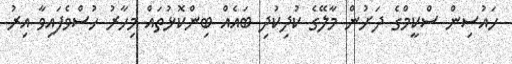
ހައުސިން ސްކީމްގެ ދަށުން މާލޭގެ ކުދިކުދި ބައެއް ބިންކޮޅުތައް މިހާރު ހުސްވެފައިވާ އިރު